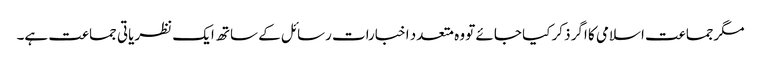
مگرجماعت اسلامی کا اگر ذکر کیا جائے تو وہ متعدد اخبارات رسائل کے ساتھ ایک نظریاتی جماعت ہے۔